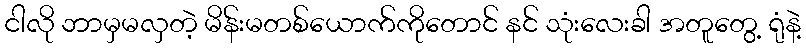
ငါလို ဘာမှမလှတဲ့ မိန်းမတစ်ယောက်ကိုတောင် နင် သုံးလေးခါ အတူတွေ့ ရုံနဲ့